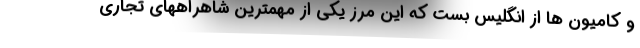
و کامیون ها از انگلیس بست که این مرز یکی از مهمترین شاهراههای تجاری